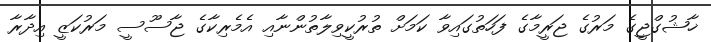
ޚާޝުގްޖީގެ މަރުގެ ޖަރީމާގެ ފަހަތުގައިވާ ކަމަށް ތުރުކީވިލާތުންނާއި އެމެރިކާގެ ޖާސޫސީ މަރުކަޒީ އިދާރާ